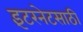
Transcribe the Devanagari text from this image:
इंटरनेटसाठी